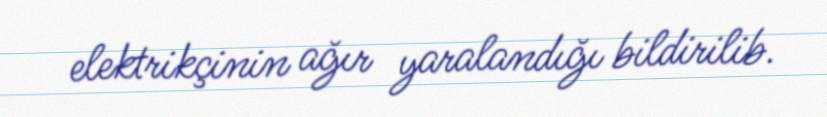
elektrikçinin ağır yaralandığı bildirilib.